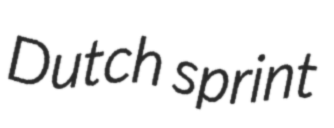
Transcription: Dutch sprint